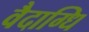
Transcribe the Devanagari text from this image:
वैदाग्धि